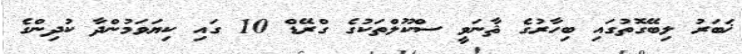
ޚަބަރު ލިބޭގޮތުގައި ބިހާރުގެ ޘާނަވީ ސްކޫލްތަކުގެ ގްރޭޑް 10 ގައި ކިޔަވަމުންދާ ކުދިންގެ